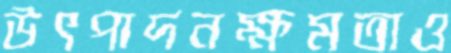
উৎপাদনক্ষমতাও